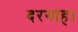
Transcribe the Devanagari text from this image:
दरगाह।